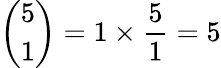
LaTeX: {\binom{5}{1}}=1\times{\frac{5}{1}}=5